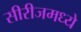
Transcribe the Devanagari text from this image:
सीरीजमध्ये